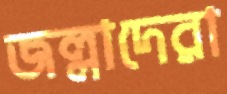
জল্লাদেরা